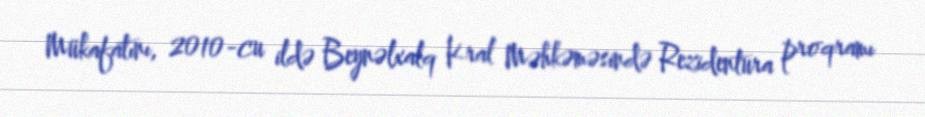
Mükafatını, 2010-cu ildə Beynəlxalq Kral Məhkəməsində Rezidentura proqramı